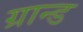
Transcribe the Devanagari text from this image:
ग्रान्ड